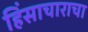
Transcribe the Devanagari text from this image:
हिंसाचाराचा